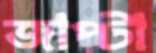
জাপ্‌টা